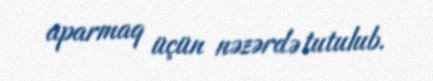
aparmaq üçün nəzərdə tutulub.